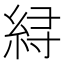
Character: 𱹳